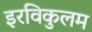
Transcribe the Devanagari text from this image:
इरविकुलम